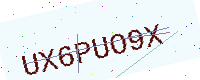
Text: UX6PUO9X